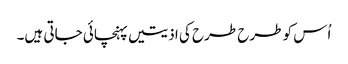
اُس کو طرح طرح کی اذیتیں پہنچائی جاتی ہیں۔